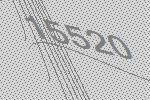
15520